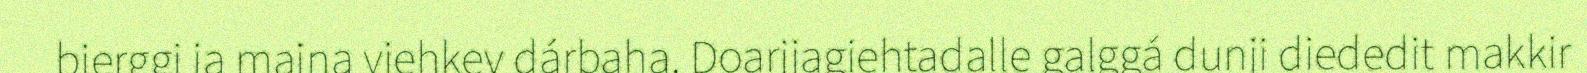
bierggi ja majna viehkev dárbaha. Doarjjagiehtadalle galggá dunji diededit makkir